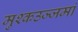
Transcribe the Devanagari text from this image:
मुश्कउज्जमां